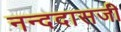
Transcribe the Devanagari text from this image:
नन्ददासजी